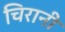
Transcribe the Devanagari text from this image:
चिरानी